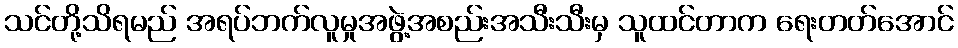
သင်တို့သိရမည် အရပ်ဘက်လူမှုအဖွဲ့အစည်းအသီးသီးမှ သူထင်တာက ရေးတတ်အောင်